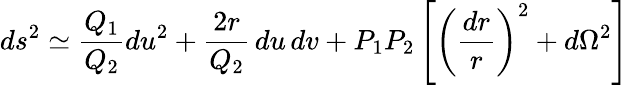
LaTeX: ds^{2}\simeq{\frac{Q_{1}}{Q_{2}}}du^{2}+{\frac{2r}{Q_{2}}}\, du\, dv+P_{1}P_{2}\left[\left({\frac{dr}{r}}\right)^{2}+d\Omega^{2}\right]